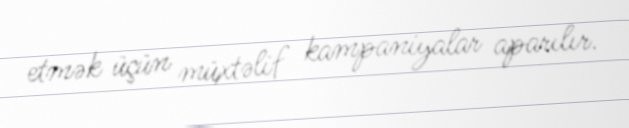
etmək üçün müxtəlif kampaniyalar aparılır.